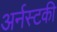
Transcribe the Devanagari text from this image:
अर्नस्टकी